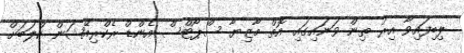
ލިބިފައިވާ އިރު ތިން ވަނައިގައި އޮތް މާޒިޔާ ސްޕޯޓްސް އެންޑް ރެކްރިއޭޝަން ކްލަބަށް